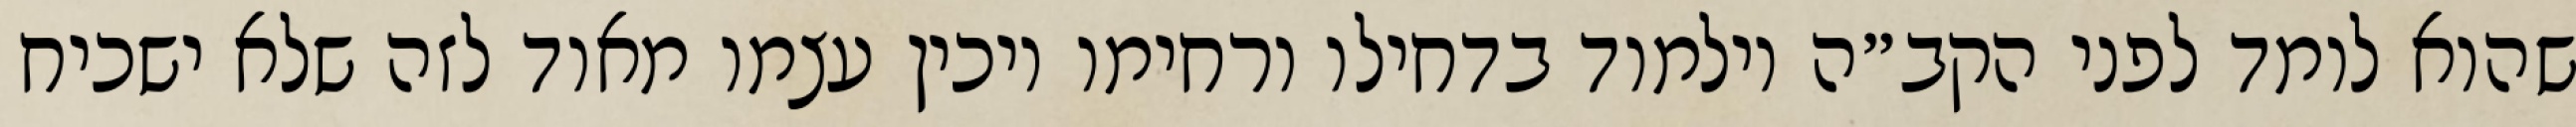
שהוא לומד לפני הקב״ה וילמוד בדחילו ורחימו ויכין עצמו מאוד לזה שלא ישכיח